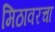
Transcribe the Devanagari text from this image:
मिठावरचा